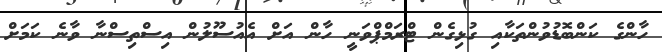
ހާންގެ ކަންބޮޑުވުންތަކާއި ގުޅިގެން ޓްރަމްޕްވަނީ ހާން އަށް އެއުސޫލުން އިސްތިސްނާ ވާނެ ކަމަށް